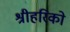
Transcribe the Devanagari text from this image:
श्रीहरिको